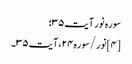
سوره نور آیت ۳۵؛
[۴] نور/سوره۲۴، آیت ۳۵۔